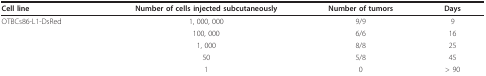
<table><thead><tr><td><b>Cell line</b></td><td><b>Number of cells injected subcutaneously</b></td><td><b>Number of tumors</b></td><td><b>Days</b></td></tr></thead><tbody><tr><td>OTBCs86-L1-DsRed</td><td>1, 000, 000</td><td>9/9</td><td>9</td></tr><tr><td></td><td>100, 000</td><td>6/6</td><td>16</td></tr><tr><td></td><td>1, 000</td><td>8/8</td><td>25</td></tr><tr><td></td><td>50</td><td>5/8</td><td>45</td></tr><tr><td></td><td>1</td><td>0</td><td>&gt; 90</td></tr></tbody></table>